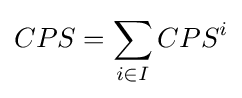
CPS=\sum _{i\in I}CPS^{i}